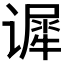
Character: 𰶈